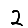
Digit: 2